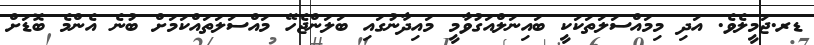
ޑރ.ޖަމީލެވެ. އަދި މިމައްސަލަތަކަކީ ބައިނަލްއަގުވާމީ މައިދާނުގައި ބަަލަންޖެހޭ މައްސަލަތައްކަމަށް ބުނެ އެންމެ ބޮޑަށް